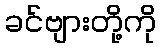
ခင်ဗျားတို့ကို